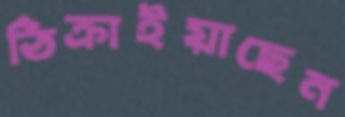
ঠিক্‌রাইয়াছেন